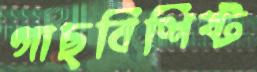
গাছবিশিষ্ট